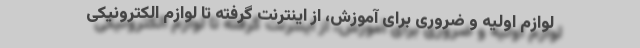
لوازم اولیه‌ و ضروری برای آموزش، از اینترنت گرفته تا لوازم الکترونیکی